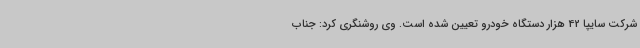
شرکت سایپا 42 هزار دستگاه خودرو تعیین شده است. وی روشنگری کرد: جناب